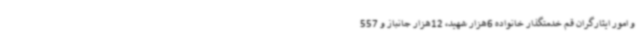
و امور ایثارگران قم خدمتگذار خانواده 6هزار شهید، 12هزار جانباز و 557